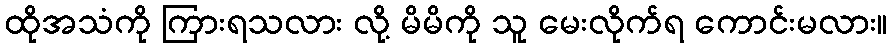
ထိုအသံကို ကြားရသလား လို့ မိမိကို သူ မေးလိုက်ရ ကောင်းမလား။